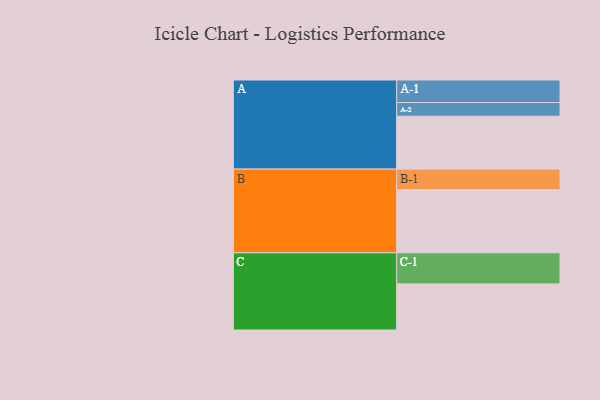
{"axis": {"x": "Segment", "y": "Value"}, "legend": ["", "A", "B", "C"], "data": [{"x": "A", "y": 439, "type": ""}, {"x": "B", "y": 524, "type": ""}, {"x": "C", "y": 383, "type": ""}, {"x": "A-1", "y": 187, "type": "A"}, {"x": "A-2", "y": 114, "type": "A"}, {"x": "B-1", "y": 171, "type": "B"}, {"x": "C-1", "y": 258, "type": "C"}]}